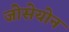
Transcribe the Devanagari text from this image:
जोसेयोन